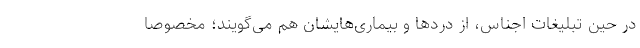
در حین تبلیغات اجناس، از دردها و بیماری‌هایشان هم می‌گویند؛ مخصوصاً